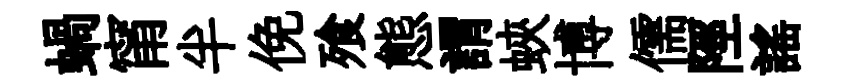
蝸甯半俛飱態謂蛺博儒陘謡